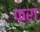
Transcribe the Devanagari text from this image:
फ़रा